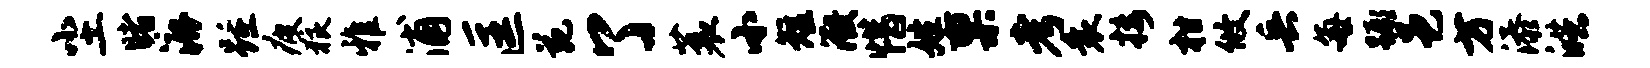
尘睹漉踵疲狼雅浦匡苑了蓑小短微惜姓禀考衰接柑攸兵每蹶邑方添皓